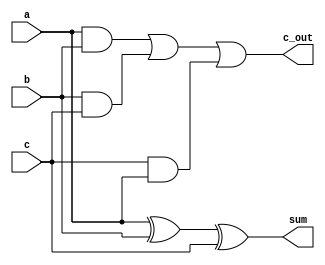
`timescale 1ns / 1ps
//////////////////////////////////////////////////////////////////////////////////
// Company: 
// Engineer: 
// 
// Design Name: 
// Module Name: adder_subtractor
// Project Name: 
// Target Devices: 
// Tool Versions: 
// Description: 
// 
// Dependencies: 
// 
// Revision:
// Revision 0.01 - File Created
// Additional Comments:
// 
//////////////////////////////////////////////////////////////////////////////////
module full_adder(a,b,c,sum,c_out);
input a,b,c;
output sum,c_out;
assign sum=a^b^c;
assign c_out=(a&b)|(b&c)|(c&a);
endmodule


module adder_subtractor(a,b,c,sum,c_out );
input [3:0]a,b;
input c;
output [3:0]sum;
output c_out;
wire [2:0]p;
wire [3:0]w;

xor g1(w[0],c,b[0]);
xor g2(w[1],c,b[1]);
xor g3(w[2],c,b[2]);
xor g4(w[3],c,b[3]);

full_adder f1(a[0],w[0],c,sum[0],p[0]);
full_adder f2(a[1],w[1],p[0],sum[1],p[1]);
full_adder f3(a[2],w[2],p[1],sum[2],p[2]);
full_adder f4(a[3],w[3],p[2],sum[3],c_out);







endmodule